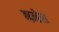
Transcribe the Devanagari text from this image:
ब्य्र्नेस